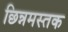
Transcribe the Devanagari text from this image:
छिन्नमस्तक